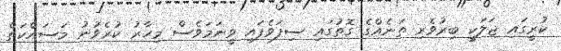
ކުރީގައި ޖަލަކީ ބިރުވެރި ތަނެއްގެ ގޮތުގައި ސިފަވެފައި ވީނަމަވެސް މިހާރު ކުރެވުނު މަސައްކަތް